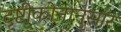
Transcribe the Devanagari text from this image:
दृष्टीकोनानुसार